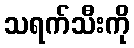
သရက်သီးကို